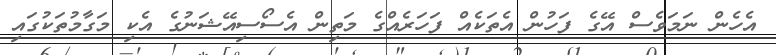
އެހެން ނަމަވެސް އޭގެ ފަހުން އެތަކެއް ފަހަރެއްގެ މަތިން އެސޯސިއޭޝަނުގެ އެކި މަގާމުތަކުގައި